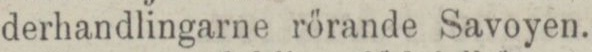
derhandlingarne rörande Savoyen.